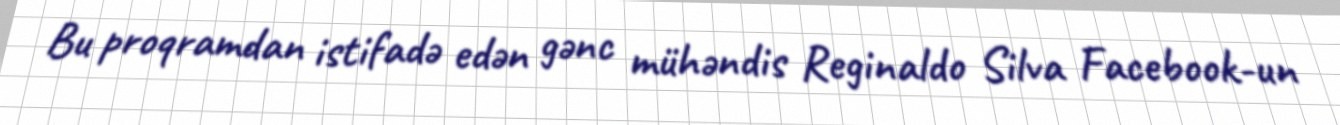
Bu proqramdan istifadə edən gənc mühəndis Reginaldo Silva Facebook-un